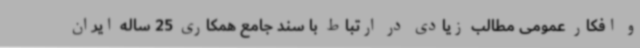
و افکار عمومی مطالب زیادی در ارتباط با سند جامع همکاری 25 ساله ایران